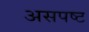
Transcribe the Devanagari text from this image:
असपष्ट